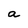
Character: a